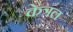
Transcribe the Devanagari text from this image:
केत्रल